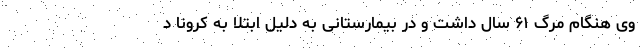
وی هنگام مرگ ۶۱ سال داشت و در بیمارستانی به دلیل ابتلا به کرونا د